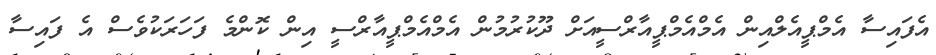
އެފައިސާ އެމްޕީއެލްއިން އެމްއެމްޕީއާރްސީއަށް ދޫކުރުމުން އެމްއެމްޕީއާރްސީ އިން ކޮންމެ ފަހަރަކުވެސް އެ ފައިސާ